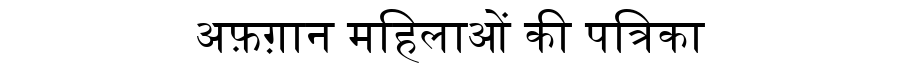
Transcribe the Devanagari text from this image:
अफ़ग़ान महिलाओं की पत्रिका